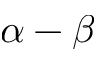
\alpha - \beta